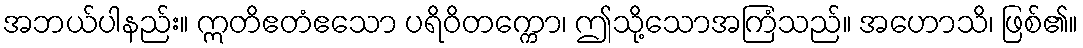
အဘယ်ပါနည်း။ ဣတိဧတံဧသော ပရိဝိတက္ကော၊ ဤသို့သောအကြံသည်။ အဟောသိ၊ ဖြစ်၏။